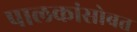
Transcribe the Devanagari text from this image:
पालकांसोबत